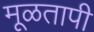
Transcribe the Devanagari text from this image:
मूळतापी